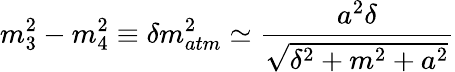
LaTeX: m_{3}^{2}-m_{4}^{2}\equiv\delta m_{atm}^{2}\simeq\frac{a^{2}\delta}{\sqrt{\delta^{2}+m^{2}+a^{2}}}